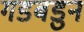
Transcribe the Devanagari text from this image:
गडबडुन